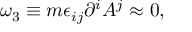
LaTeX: \omega _ { 3 } \equiv m \epsilon _ { i j } \partial ^ { i } A ^ { j } \approx 0 ,